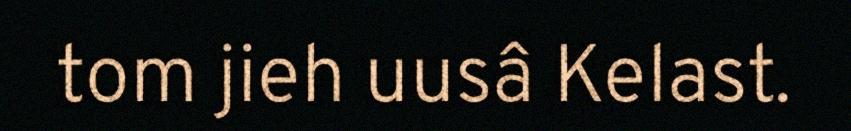
tom jieh uusâ Kelast.